Annual administration report of the Civil Veterinary Department, Ajmere-Merwara, British Rajputana - 1914-1940
Year: 1914
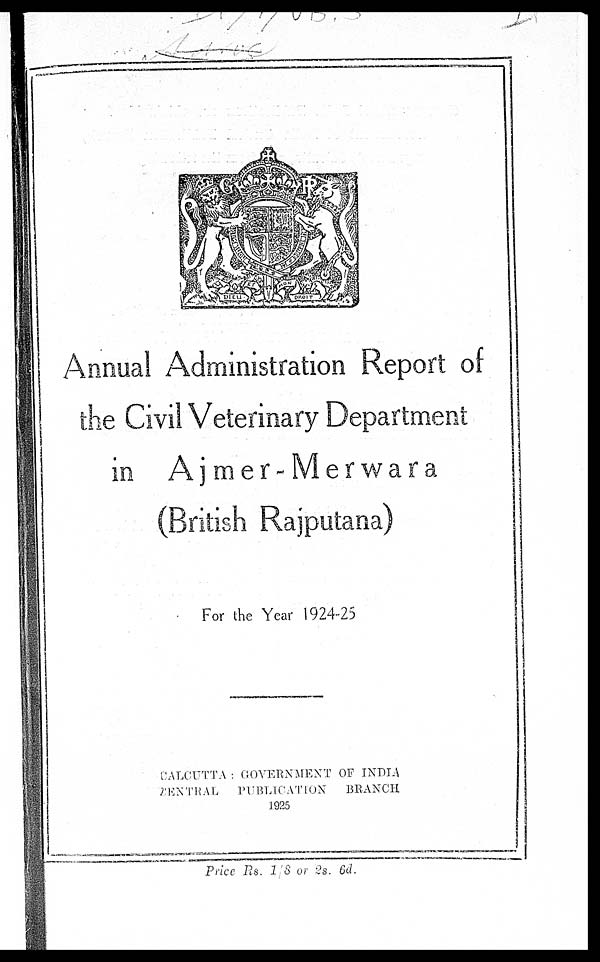
Annual Administration Report of
the Civil Veterinary Department
in Ajmer-Merwara
(British Rajputana)
For the Year 1924-25
CALCUTTA : GOVERNMENT OF INDIA
CENTRAL,
PUBLICATION
BRANCH
1925
Price Rs. 1 8 or 2s. 6d.